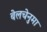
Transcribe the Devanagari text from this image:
बेलचेनुमा